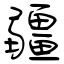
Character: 疆